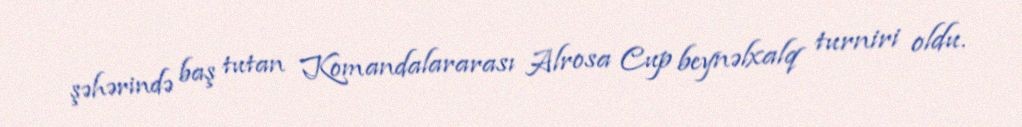
şəhərində baş tutan Komandalararası Alrosa Cup beynəlxalq turniri oldu.